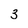
Character: 3